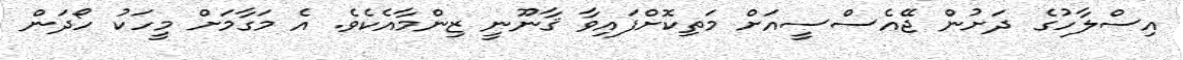
އިސްލާހުގެ ދަށުން ޖޭއެސްސީއަށް މަތިކޮށްފައިވާ ޤާނޫނީ ޒިންމާއެކެވެ. އެ މަގާމަށް މީހަކު ހޯދަން